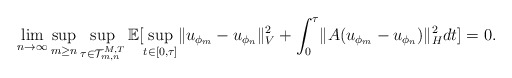
\begin{align*}\lim_{n \rightarrow \infty } \sup_{m \geq n} \sup_{\tau \in \mathcal{T}_{m,n}^{M,T}} \mathbb{E}[\sup_{t \in [0,\tau]} \lVert u_{\phi_m} - u_{\phi_n} \rVert_V^2 + \int_0^{\tau} \lVert A(u_{\phi_m} - u_{\phi_n}) \rVert_H^2dt ] = 0.\end{align*}